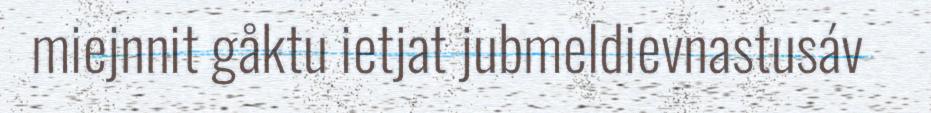
miejnnit gåktu ietjat jubmeldievnastusáv